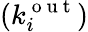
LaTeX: (k_{i}^{\mathrm{~o~u~t~}})